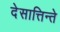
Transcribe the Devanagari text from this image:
देसात्तिन्ते